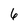
Character: 6